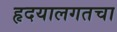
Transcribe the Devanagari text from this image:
हृदयालगतचा